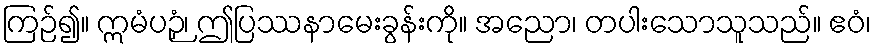
ကြဉ်၍။ ဣမံပဉှံ၊ ဤပြဿနာမေးခွန်းကို။ အညော၊ တပါးသောသူသည်။ ဧဝံ၊